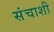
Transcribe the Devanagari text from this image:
संचाशी